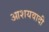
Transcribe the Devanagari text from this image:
आशयवादी